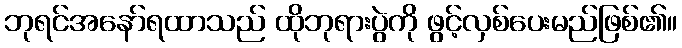
ဘုရင်အနော်ရထာသည် ထိုဘုရားပွဲကို ဖွင့်လှစ်ပေးမည်ဖြစ်၏။